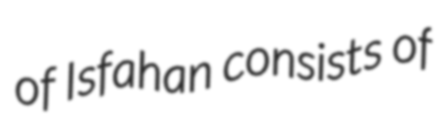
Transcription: of Isfahan consists of